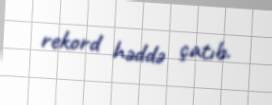
rekord həddə çatıb.